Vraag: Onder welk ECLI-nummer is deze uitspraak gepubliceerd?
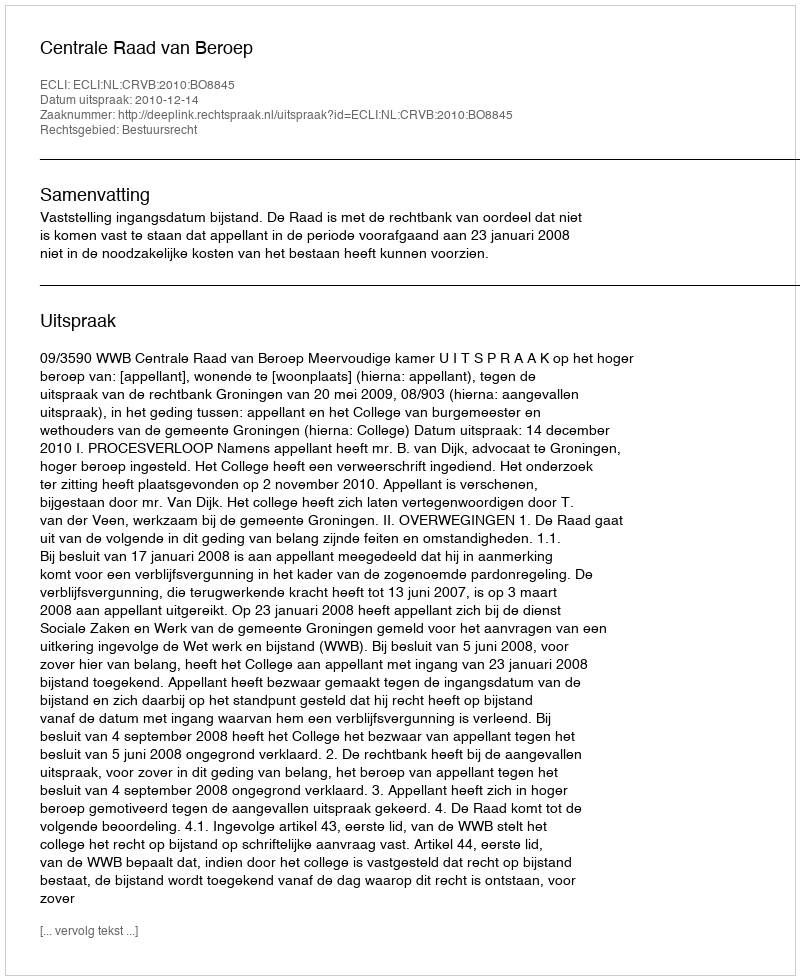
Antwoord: ECLI:NL:CRVB:2010:BO8845